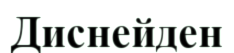
Диснейден